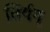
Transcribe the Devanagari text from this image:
तिर्यग्